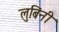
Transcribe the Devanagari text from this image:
लुबिंनी